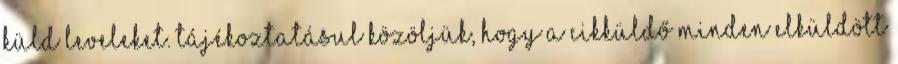
küld leveleket. Tájékoztatásul közöljük, hogy a cikküldő minden elküldött